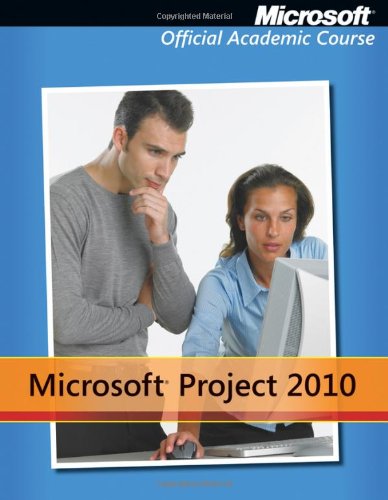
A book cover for Microsoft Project 2010; Microsoft Official Academic Course; Computers & Technology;